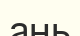
ань